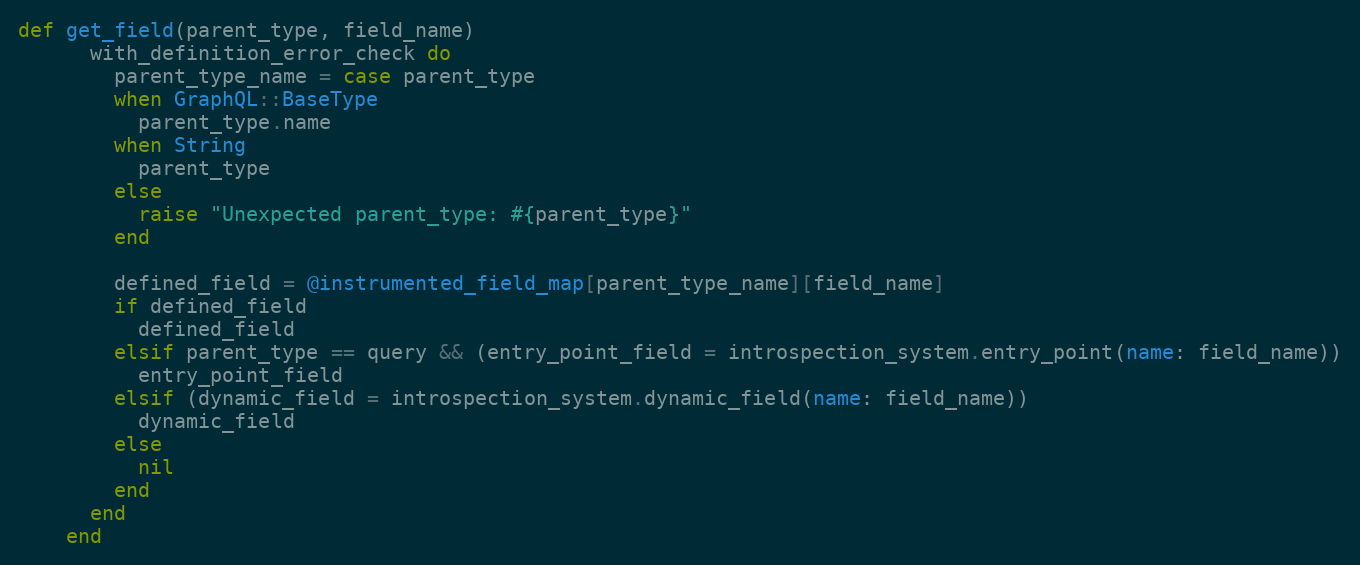
Language: Ruby
def get_field(parent_type, field_name)
      with_definition_error_check do
        parent_type_name = case parent_type
        when GraphQL::BaseType
          parent_type.name
        when String
          parent_type
        else
          raise "Unexpected parent_type: #{parent_type}"
        end

        defined_field = @instrumented_field_map[parent_type_name][field_name]
        if defined_field
          defined_field
        elsif parent_type == query && (entry_point_field = introspection_system.entry_point(name: field_name))
          entry_point_field
        elsif (dynamic_field = introspection_system.dynamic_field(name: field_name))
          dynamic_field
        else
          nil
        end
      end
    end